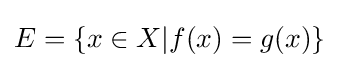
E=\{x\in X|f(x)=g(x)\}